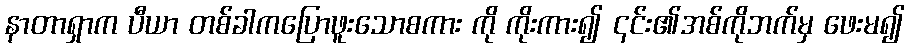
နာတာရှာက ပီယာ တစ်ခါကပြောဖူးသောစကား ကို ကိုးကား၍ ၎င်း၏အစ်ကိုဘက်မှ ဖေးမ၍